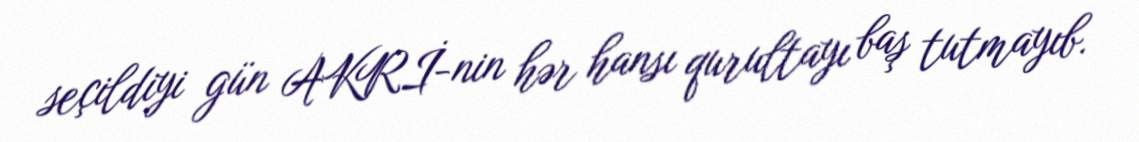
seçildiyi gün AKRİ-nin hər hansı qurultayı baş tutmayıb.